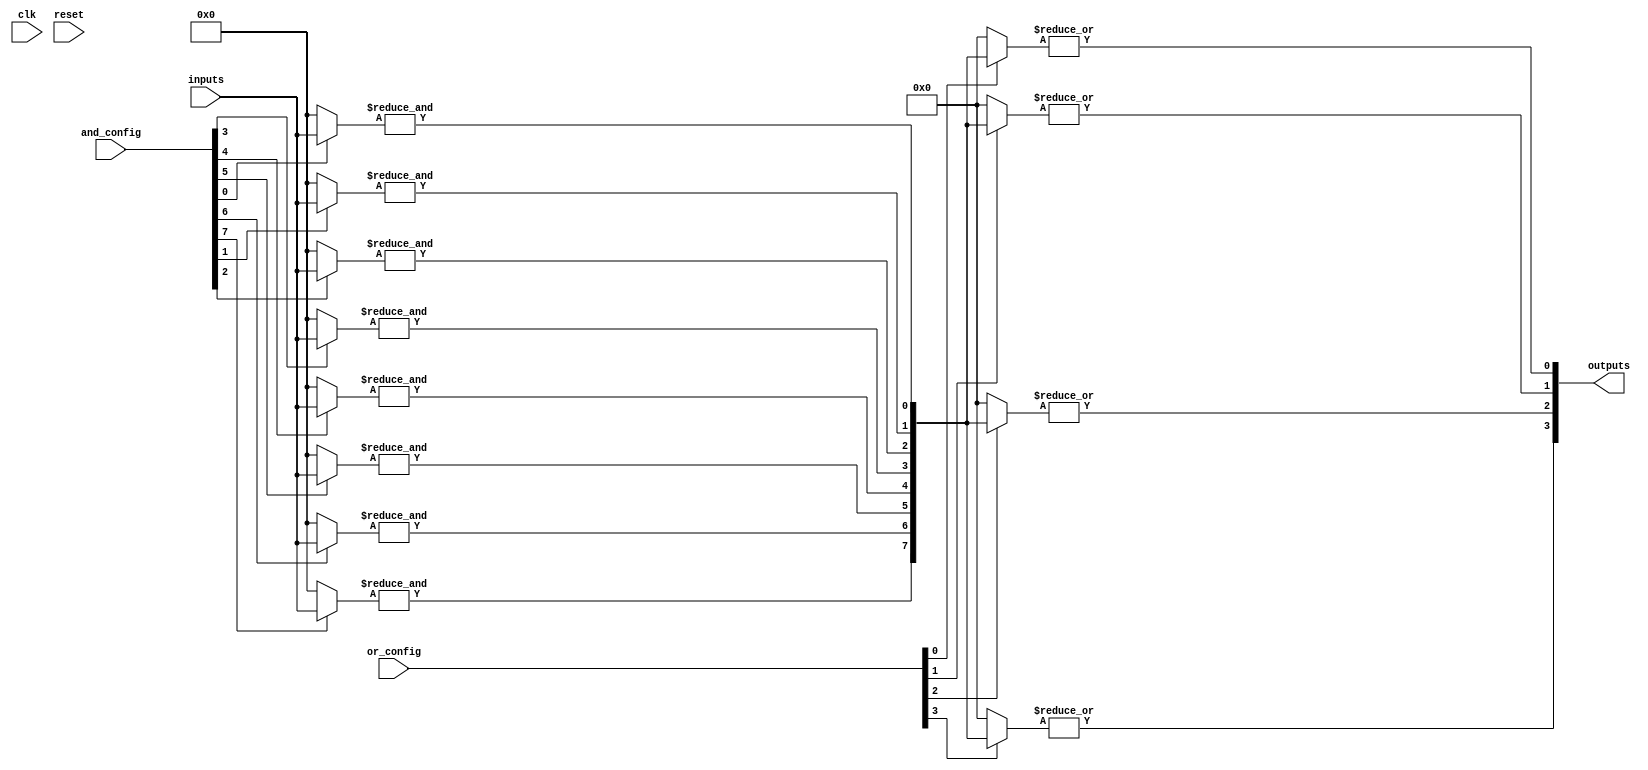
module GPAL #(
    parameter NUM_INPUTS = 4,  // Number of input lines
    parameter NUM_AND_GATES = 8, // Number of AND gates
    parameter NUM_OR_GATES = 4   // Number of OR gates
)(
    input wire [NUM_INPUTS-1:0] inputs,       // Input lines
    input wire [NUM_AND_GATES-1:0] and_config, // Configuration for AND gates
    input wire [NUM_OR_GATES-1:0] or_config,   // Configuration for OR gates
    input wire clk,                            // Clock signal
    input wire reset,                          // Reset signal
    output wire [NUM_OR_GATES-1:0] outputs     // Output lines
);

// Internal wires for product terms
wire [NUM_AND_GATES-1:0] product_terms;

// Programmable AND array
genvar i, j;
generate
    for (i = 0; i < NUM_AND_GATES; i = i + 1) begin : and_array
        wire [NUM_INPUTS-1:0] and_inputs;
        assign and_inputs = (and_config[i]) ? inputs : 0; // Select inputs based on configuration
        assign product_terms[i] = &and_inputs; // AND operation
    end
endgenerate

// Programmable OR array
generate
    for (j = 0; j < NUM_OR_GATES; j = j + 1) begin : or_array
        wire [NUM_AND_GATES-1:0] or_inputs;
        assign or_inputs = (or_config[j]) ? product_terms : 0; // Select product terms based on configuration
        assign outputs[j] = |or_inputs; // OR operation
    end
endgenerate

endmodule